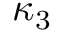
\, \kappa _ { 3 }